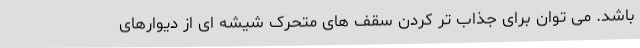
باشد. می توان برای جذاب تر کردن سقف های متحرک شیشه ای از دیوارهای